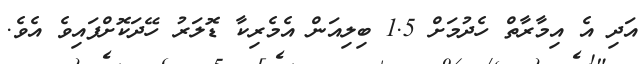
އަދި އެ އިމާރާތް ހެދުމަށް 1.5 ބިލިއަން އެމެރިކާ ޑޮލަރު ހޭދަކޮށްފައިވެ އެވެ.